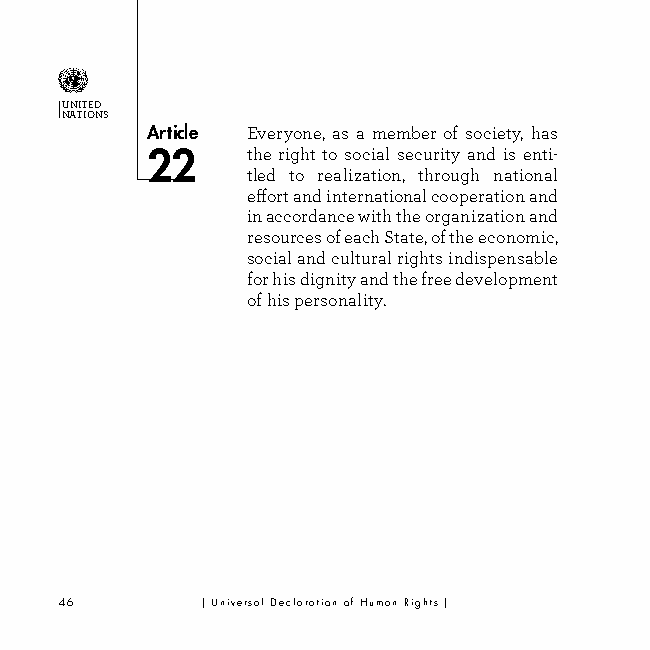
UNITED
 NATIONS
 Article Everyone, as a member of society, has
 22    the right to social security and is enti-
 tled to realization, through national
 effort and international cooperation and
 in accordance with the organization and
 resources of each State, of the economic,
 social and cultural rights indispensable
 for his dignity and the free development
 of his personality.
 46       | Universal Declaration of Human Rights |